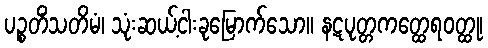
ပဉ္စတိံသတိမံ၊ သုံးဆယ့်ငါးခုမြောက်သော။ နဋပုတ္တကတ္ထေရဝတ္ထု၊